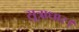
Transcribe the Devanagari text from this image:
सूत्राधार।